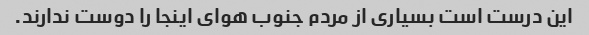
این درست است بسیاری از مردم جنوب هوای اینجا را دوست ندارند.